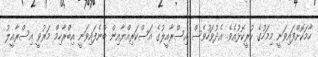
ހާމަކޮށްފައިވަނީ މިމަހުގެ ކުރީކޮޅުއެވެ. އެދުވަހުވެސް އިސްރާއީލުގެ އަސްކަރިއްޔާއިން ބުނެފައިވަނީ އިބްރާހިމް މަރުވީ އިސްރާއީލު